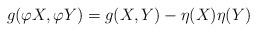
LaTeX: \begin{align*}g(\varphi X,\varphi Y)=g(X,Y)-\eta (X)\eta (Y)\end{align*}